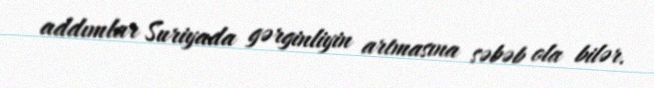
addımlar Suriyada gərginliyin artmasına səbəb ola bilər.